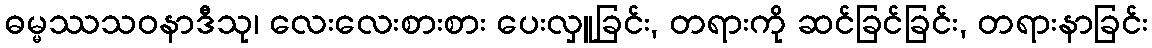
ဓမ္မဿသဝနာဒီသု၊ လေးလေးစားစား ပေးလှူခြင်း, တရားကို ဆင်ခြင်ခြင်း, တရားနာခြင်း